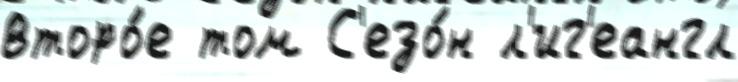
второ́е том С'езо́н л'иг'еангл